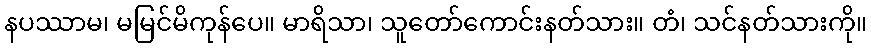
နပဿာမ၊ မမြင်မိကုန်ပေ။ မာရိသာ၊ သူတော်ကောင်းနတ်သား။ တံ၊ သင်နတ်သားကို။